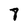
Character: 8